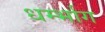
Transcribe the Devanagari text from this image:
धर्म्भाग